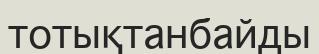
тотықтанбайды